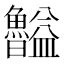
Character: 𥃠